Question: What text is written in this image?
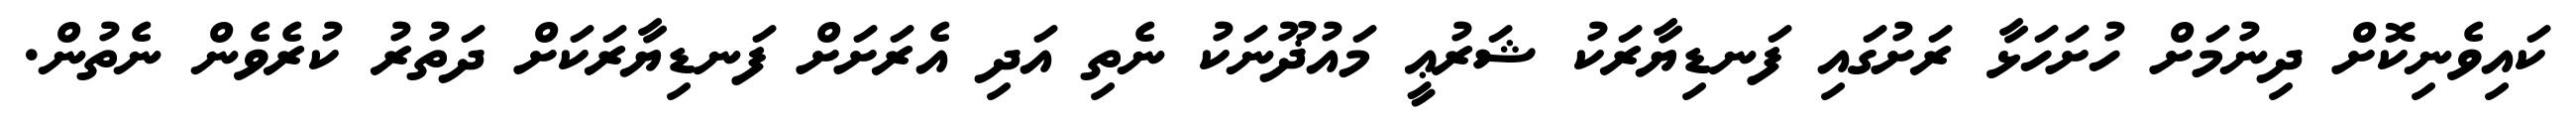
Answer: ކައިވެނިކޮށް ދިނުމަށް ހުށަހަޅާ ރަށުގައި ފަނޑިޔާރަކު ޝަރުޢީ މައުޛޫނަކު ނެތި އަދި އެރަށަށް ފަނޑިޔާރަކަށް ދަތުރު ކުރެވެން ނެތުން.